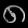
Digit: ၈